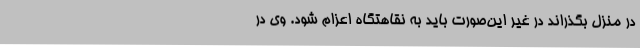
در منزل بگذراند در غیر این‌صورت باید به نقاهتگاه اعزام شود. وی در